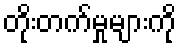
တိုးတက်မှုများကို